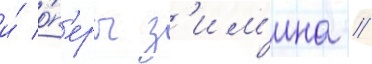
и́ о́п'еры з'им'ина //